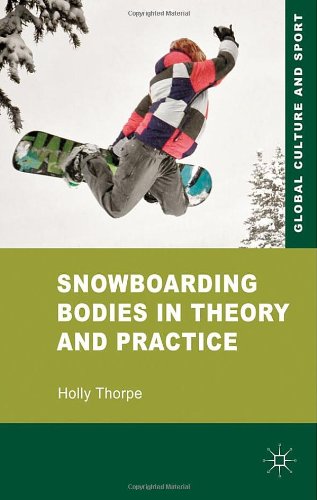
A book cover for Snowboarding Bodies in Theory and Practice (Global Culture and Sport); Holly Thorpe; Sports & Outdoors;